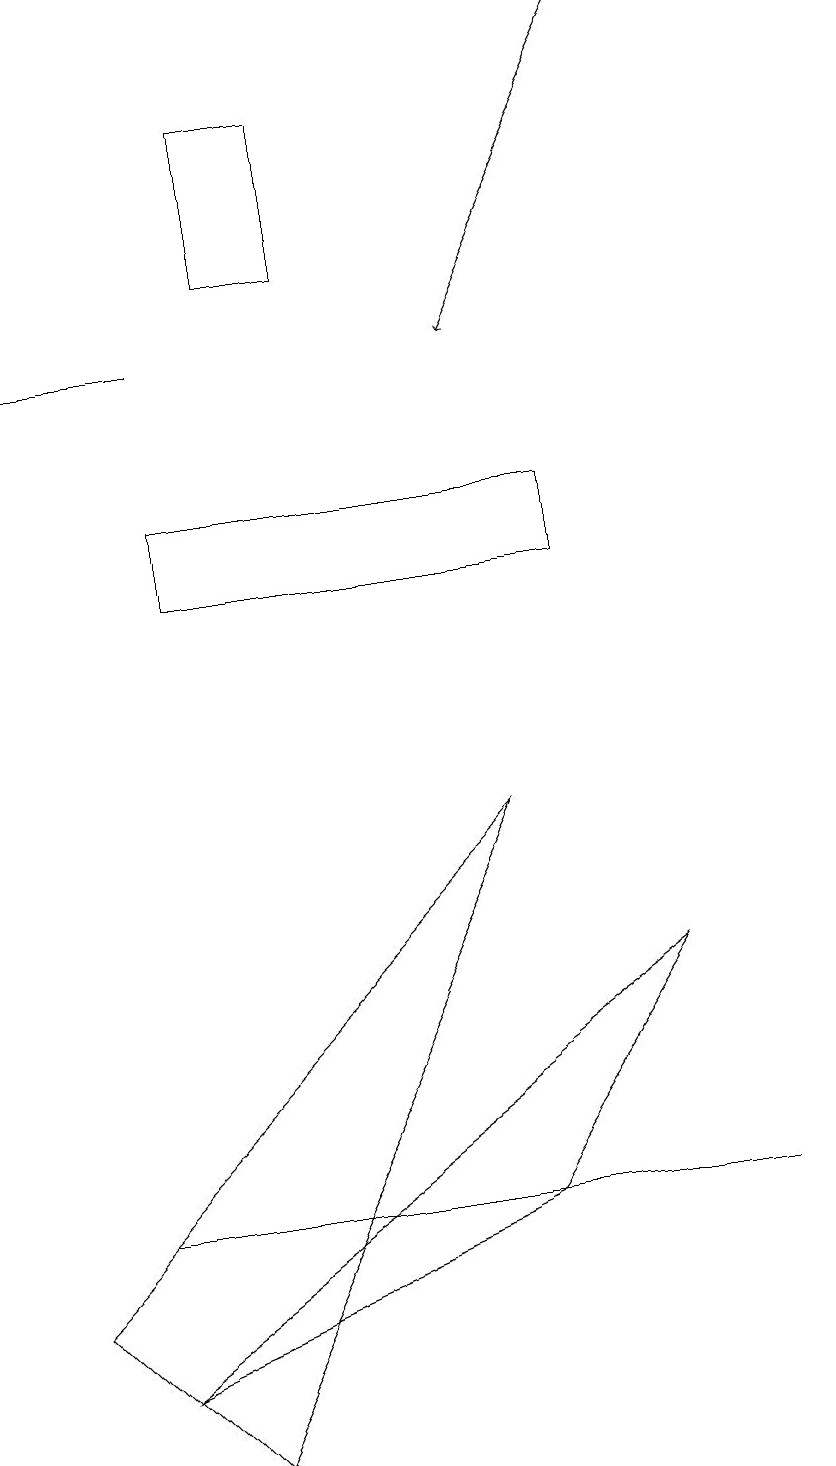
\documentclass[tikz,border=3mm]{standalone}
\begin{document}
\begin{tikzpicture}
\draw (10,11) circle (0);
\draw[->] (8,18) -- (6,14);
\draw (0,2) -- (2,0) -- (6,8) -- cycle;
\draw (7,12) rectangle (2,11);
\draw (1,3) -- (7,3) -- (9,3) -- cycle;
\draw (3,17) rectangle (4,15);
\draw (8,6) -- (1,1) -- (6,3) -- cycle;
\draw[->] (2,14) -- (0,14);
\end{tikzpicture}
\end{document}